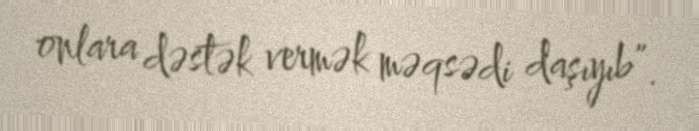
onlara dəstək vermək məqsədi daşıyıb”.